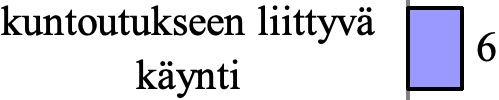
kuntoutukseen liittyvä 6 käynti